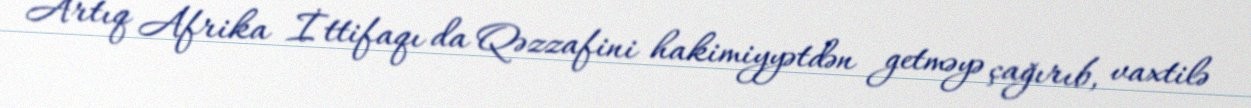
Artıq Afrika İttifaqı da Qəzzafini hakimiyyətdən getməyə çağırıb, vaxtilə